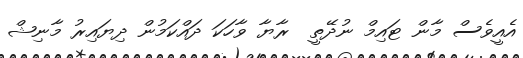
އެއީވެސް މާން ޓައިމް ނުދޭތީ  ރާޔާ ވާހަކަ ދައްކަމުން ދިޔައިރު މާނިޝް